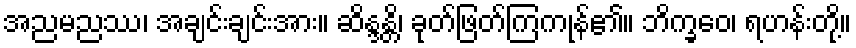
အညမညဿ၊ အချင်းချင်းအား။ ဆိန္ဒန္တိ၊ ခုတ်ဖြတ်ကြကုန်၏။ ဘိက္ခဝေ၊ ရဟန်းတို့။